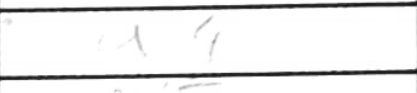
Transcription: a4